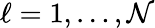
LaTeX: \ell=1,\ldots,\mathcal{N}